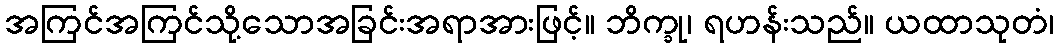
အကြင်အကြင်သို့သောအခြင်းအရာအားဖြင့်။ ဘိက္ခု၊ ရဟန်းသည်။ ယထာသုတံ၊